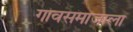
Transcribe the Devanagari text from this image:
गावसमाजाला